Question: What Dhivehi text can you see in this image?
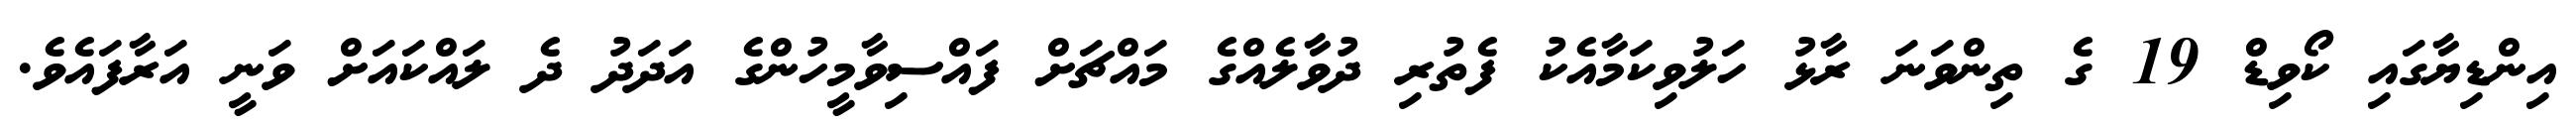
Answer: އިންޑިޔާގައި ކޯވިޑް 19 ގެ ތިންވަނަ ރާޅު ހަލުވިކަމާއެކު ފެތުރި ދުވާލެއްގެ މައްޗަށް ފައްސިވާމީހުންގެ އަދަދު ދެ ލައްކައަށް ވަނީ އަރާފައެވެ.